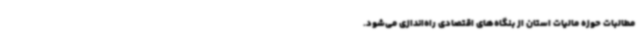
مطالبات حوزه مالیات استان از بنگاه‌های اقتصادی راه‌اندازی می‌شود.